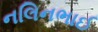
નલિનભાઈ